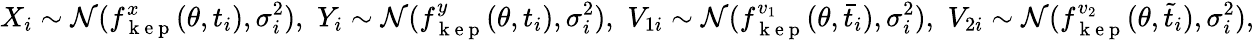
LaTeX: X_{i}\sim\mathcal{N}(f_{\mathrm{~k~e~p~}}^{x}(\theta,t_{i}),\sigma_{i}^{2}),\, \, Y_{i}\sim\mathcal{N}(f_{\mathrm{~k~e~p~}}^{y}(\theta,t_{i}),\sigma_{i}^{2}),\, \, V_{1i}\sim\mathcal{N}(f_{\mathrm{~k~e~p~}}^{v_{1}}(\theta,\bar{t}_{i}),\sigma_{i}^{2}),\, \, V_{2i}\sim\mathcal{N}(f_{\mathrm{~k~e~p~}}^{v_{2}}(\theta,\tilde{t}_{i}),\sigma_{i}^{2}),